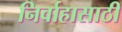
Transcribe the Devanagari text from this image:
निर्वाहासाठी